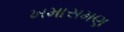
ખમાસમણ